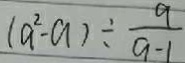
( a ^ { 2 } - a ) \div \frac { 9 } { a - 1 }